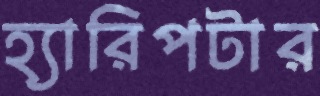
হ্যারিপটার